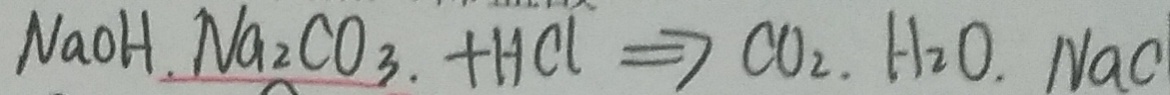
N a O H . N a _ { 2 } C O _ { 3 } + H C l \Rightarrow C O _ { 2 } . H _ { 2 } O . N a C